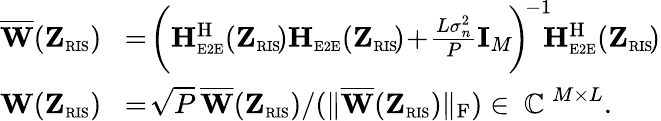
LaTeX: \begin{array}{rl}{\overline{{\mathbf{W}}}(\mathbf{Z}_{\scriptscriptstyle\mathrm{RIS}})}&{\! =\! \bigg(\mathbf{H}_{\scriptscriptstyle\mathrm{E2E}}^{\mathrm{H}}(\mathbf{Z}_{\scriptscriptstyle\mathrm{RIS}}\! )\mathbf{H}_{\scriptscriptstyle\mathrm{E2E}}(\mathbf{Z}_{\scriptscriptstyle\mathrm{RIS}}\! )\! +\! \frac{L\sigma_{n}^{2}}{P}\mathbf{I}_{M}\! \bigg)^{\! -1}\! \! \mathbf{H}_{\scriptscriptstyle\mathrm{E2E}}^{\mathrm{H}}(\mathbf{Z}_{\scriptscriptstyle\mathrm{RIS}}\! )}\\ {\mathbf{W}(\mathbf{Z}_{\scriptscriptstyle\mathrm{RIS}})}&{\! =\! \sqrt{P}\, \overline{{\mathbf{W}}}(\mathbf{Z}_{\scriptscriptstyle\mathrm{RIS}})/(\| \overline{{\mathbf{W}}}(\mathbf{Z}_{\scriptscriptstyle\mathrm{RIS}})\| _{\mathrm{F}})\in\mathrm{~\mathbb{C}~}^{M\times L}.}\end{array}